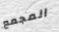
المجمع